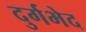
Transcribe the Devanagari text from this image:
दुर्गभेद